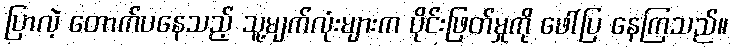
ပြာလဲ့ တောက်ပနေသည့် သူ့မျက်လုံးများက ပိုင်းဖြတ်မှုကို ဖေါ်ပြ နေကြသည်။